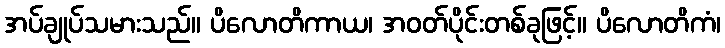
အပ်ချုပ်သမားသည်။ ပိလောတိကာယ၊ အဝတ်ပိုင်းတစ်ခုဖြင့်။ ပိလောတိကံ၊